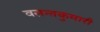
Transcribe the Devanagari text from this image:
वसन्तकुमारी